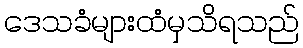
ဒေသခံများထံမှသိရသည်